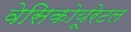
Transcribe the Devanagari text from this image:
वेसिकोयूरेटल